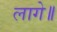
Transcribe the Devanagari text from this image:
लागे॥